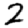
Digit: 2